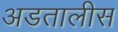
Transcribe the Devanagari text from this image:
अडतालीस